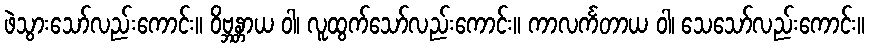
ဖဲသွားသော်လည်းကောင်း။ ဝိဗ္ဘန္တာယ ဝါ၊ လူထွက်သော်လည်းကောင်း။ ကာလင်္ကတာယ ဝါ၊ သေသော်လည်းကောင်း။